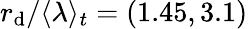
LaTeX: r_{\mathrm{d}}/\langle\lambda\rangle_{t}=(1.45,3.1)